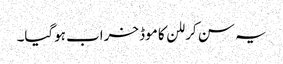
یہ سن کر للن کا موڈ خراب ہوگیا۔